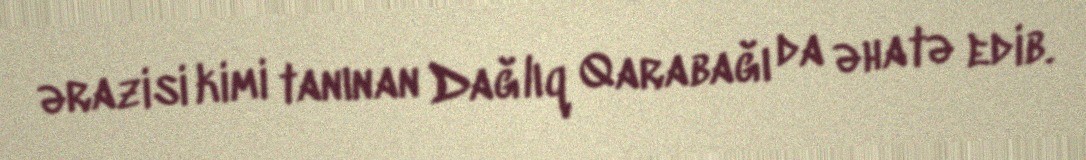
ərazisi kimi tanınan Dağlıq Qarabağı da əhatə edib.